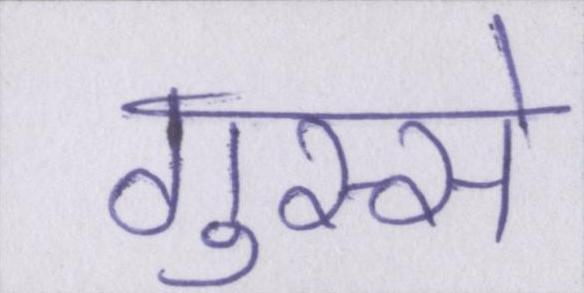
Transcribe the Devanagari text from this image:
गुस्से